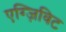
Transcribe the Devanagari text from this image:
एग्ज़िविट